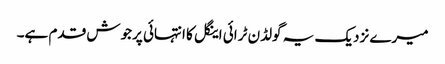
میرے نزدیک یہ گولڈن ٹرائی اینگل کا انتہائی پرجوش قدم ہے۔